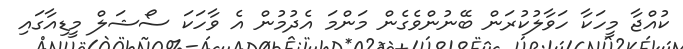
ކުއްޖާ މީހަކާ ހަވާލުކުރަން ބޭނުންވެގެން މަންމަ އެދުމުން އެ ވާހަކަ ސޯޝަލް މީޑިއާގައި